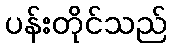
ပန်းတိုင်သည်